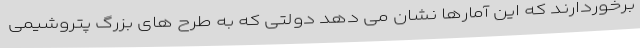
برخوردارند که این آمارها نشان می دهد دولتی که به طرح های بزرگ پتروشیمی